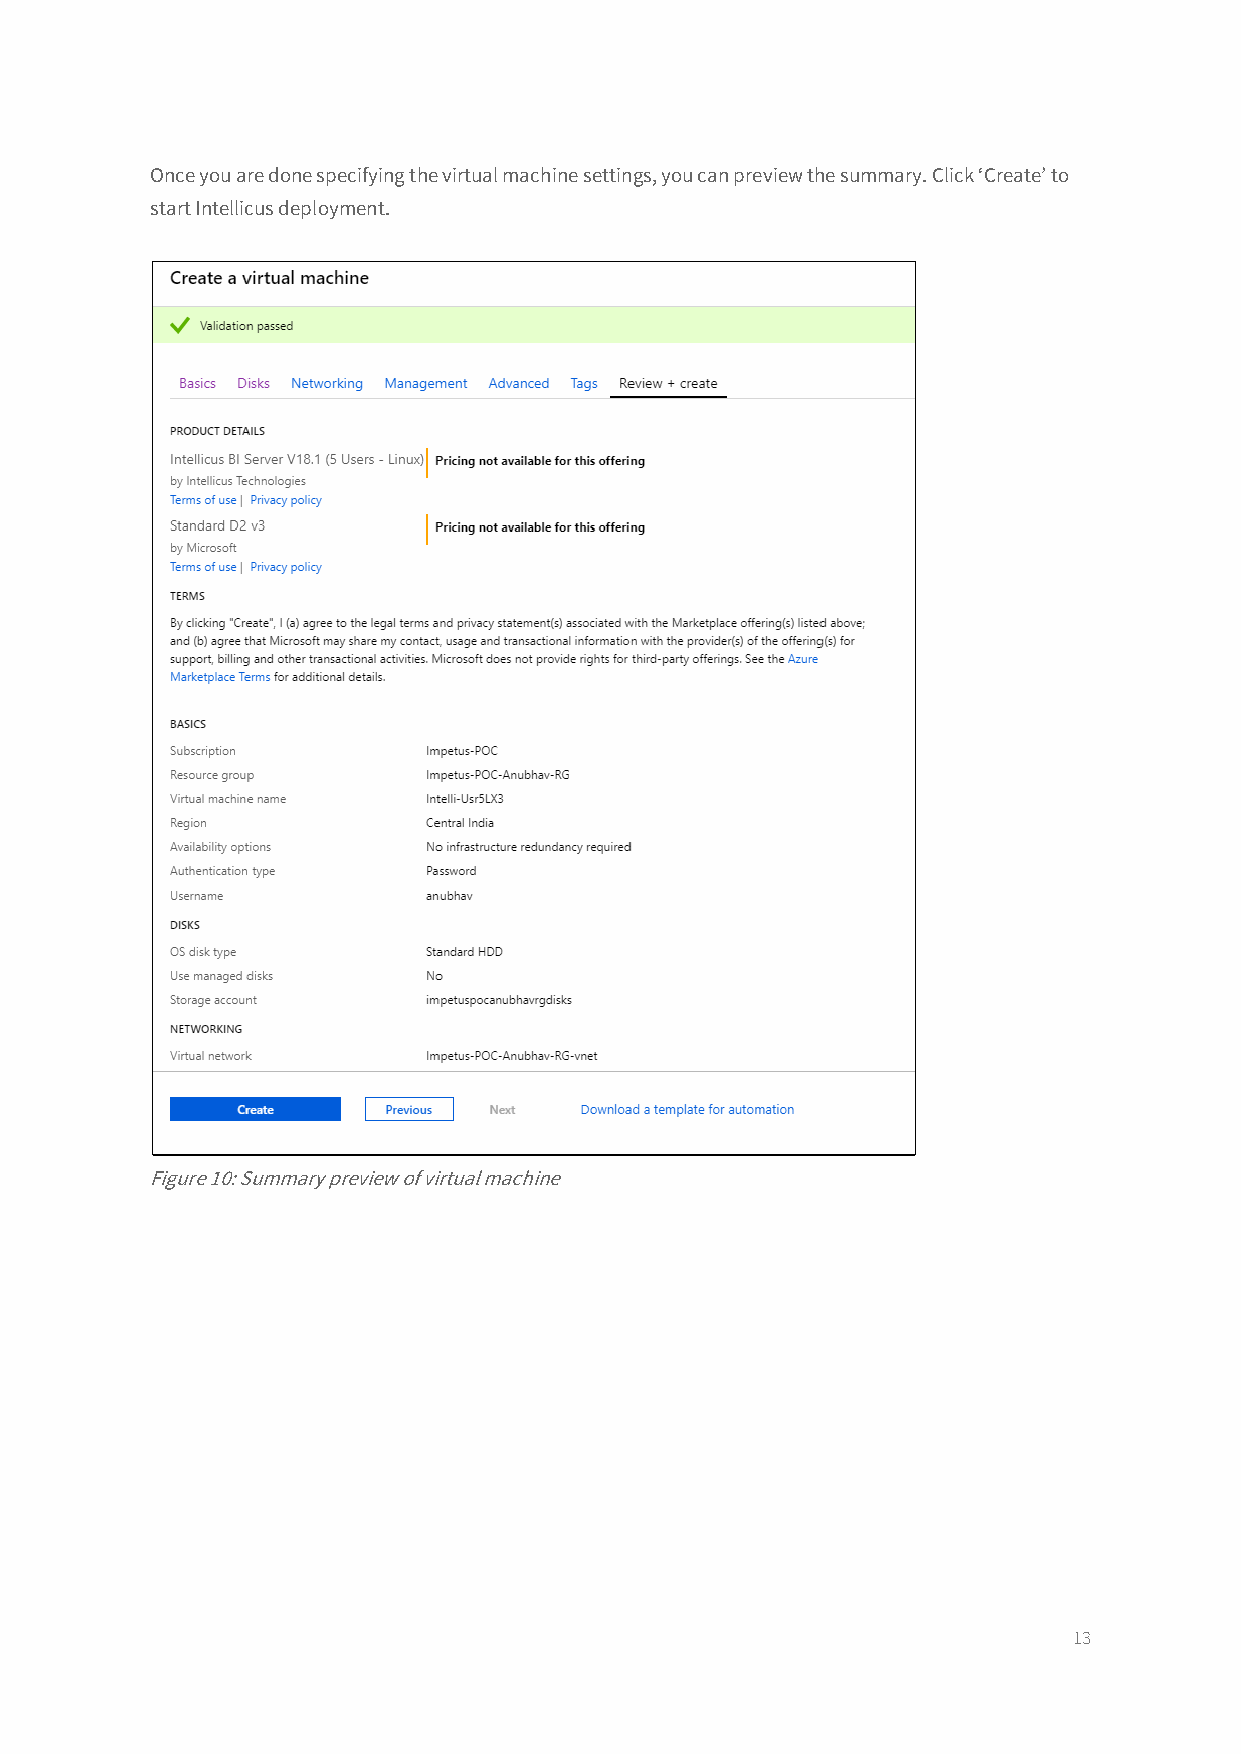
Once you are done specifying the virtual machine settings, you can preview the summary. Click ‘Create’ to
 start Intellicus deployment.
 Figure 10: Summary preview of virtual machine
 13